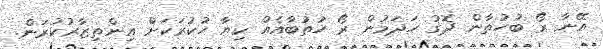
އޭނާ ރޯ ބުހުތާން ދޮގު ހަދަމުން ރޯ ހުތުބާއެއް ކިޔާ ހުކުރަކަށް އިންތިޒާރުކުރަން.